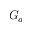
G _ { a }